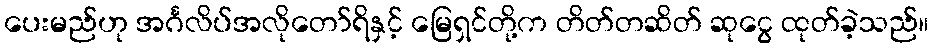
ပေးမည်ဟု အင်္ဂလိပ်အလိုတော်ရိနှင့် မြေရှင်တို့က တိတ်တဆိတ် ဆုငွေ ထုတ်ခဲ့သည်။